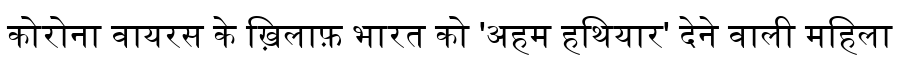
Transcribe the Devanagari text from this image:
कोरोना वायरस के ख़िलाफ़ भारत को 'अहम हथियार' देने वाली महिला